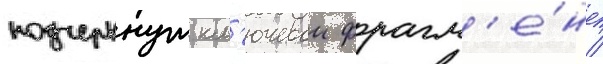
подчеркнут кл'ючевои фрагм'е́нт /